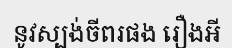
នូវស្បង់ចីពរផង រឿងអី